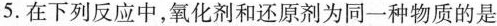
5. 在下列反应中,氧化剂和还原剂为同一种物质的是